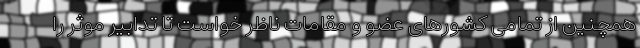
همچنین از تمامی کشورهای عضو و مقامات ناظر خواست تا تدابیر موثر را